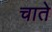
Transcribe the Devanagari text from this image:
चाते